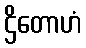
ဌိတောဟံ